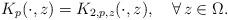
LaTeX: \begin{align*}K_p(\cdot,z)=K_{2,p,z}(\cdot,z),\ \ \ \forall\,z\in \Omega.\end{align*}